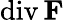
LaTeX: \operatorname{div}\mathbf{F}